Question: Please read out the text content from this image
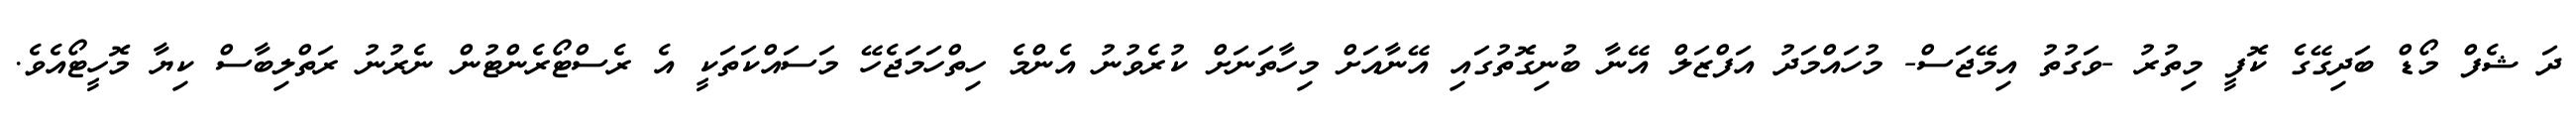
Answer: ދަ ޝެފް މޯޑް ބަދިގޭގެ ކޮފީ މިތުރު -ވަގުތު އިމޭޖަސް- މުހައްމަދު އަފްޒަލް އޭނާ ބުނިގޮތުގައި އޭނާއަށް މިހާތަނަށް ކުރެވުނު އެންމެ ހިތްހަމަޖެހޭ މަސައްކަތަކީ އެ ރެސްޓޯރެންޓުން ނެރުނު ރަތްލިބާސް ކިޔާ މޮހީޓޯއެވެ.